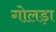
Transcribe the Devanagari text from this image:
गोलड़ा